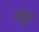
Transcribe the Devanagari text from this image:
कोट्टूम